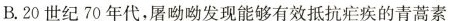
B.20世纪70年代，屠呦呦发现能够有效抵抗疟疾的青蒿素